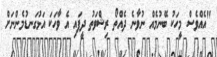
"އެއްވެސް މީހަކު ބޭނުމެއް ނުވާނެ ދެއްތޯ ރިޝްވަތު ދީފައި އެ ވާހަކަ އަޅުގަނޑުމެންނަށް